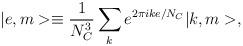
LaTeX: \begin{align*}|e,m> \equiv \frac {1}{N_C^3} \sum_{k} e^{2 \pi i k e/N_C} |k,m>,\end{align*}